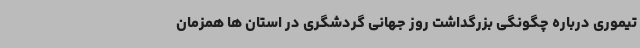
تیموری درباره چگونگی بزرگداشت روز جهانی گردشگری در استان ها همزمان